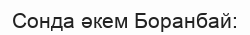
Сонда әкем Боранбай: